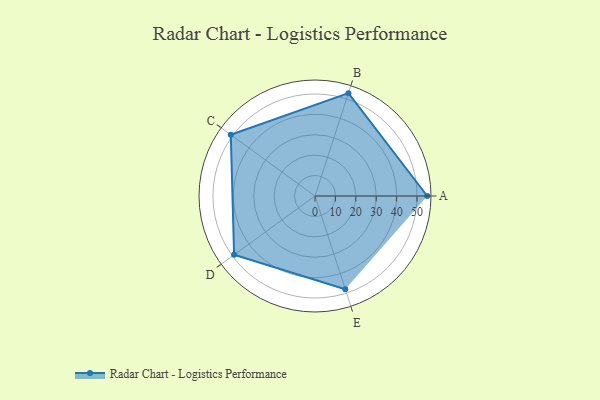
{"axis": {"x": "Skill", "y": "Score"}, "legend": ["Profile"], "data": [{"x": "A", "y": 55.0, "type": "Profile"}, {"x": "B", "y": 53.0, "type": "Profile"}, {"x": "C", "y": 51.0, "type": "Profile"}, {"x": "D", "y": 49.0, "type": "Profile"}, {"x": "E", "y": 48.0, "type": "Profile"}]}